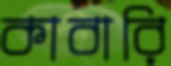
কাবারি